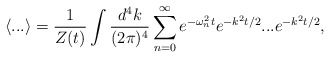
\begin{align*}\langle ...\rangle=\frac{1}{Z(t)}\int \frac{d^{4}k}{(2\pi)^{4}}\sum_{n=0}^\infty e^{-\omega_{n}^{2}t}e^{-k^{2}t/2}...e^{-k^{2}t/2},\end{align*}